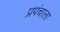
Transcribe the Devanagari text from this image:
प्रपंचाला